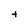
Character: t